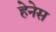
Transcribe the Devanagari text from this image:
हेनेस